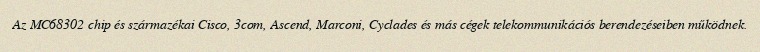
Az MC68302 chip és származékai Cisco, 3com, Ascend, Marconi, Cyclades és más cégek telekommunikációs berendezéseiben működnek.